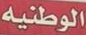
الوطنية